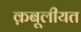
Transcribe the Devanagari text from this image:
क़बूलीयत